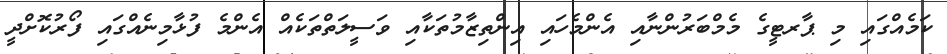
ކަމެއްގައި މި ޕާރޓީގެ މެމްބަރުންނާއި އެންމެހައި އިންތިޒާމުތަކާއި ވަސީލަތްތަކެއް އެންމެ ފުޅާމިނެއްގައި ފޯރުކޮށްދީ